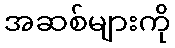
အဆစ်များကို